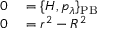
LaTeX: \begin{array} { r l } { 0 } & { { } = \{ H , p _ { \lambda } \} _ { \mathrm { P B } } } \\ { 0 } & { { } = r ^ { 2 } - R ^ { 2 } } \end{array}